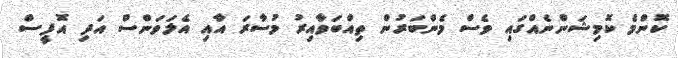
ކޮންމެ ކޮމިޝަންނެއްގައި ވެސް މެންބަރުން ތިއްބަވާއިރު މުސާރަ އާއި އެލަވަންސް އަދި އޮފީސް